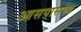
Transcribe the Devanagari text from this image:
आसपासच्य